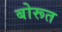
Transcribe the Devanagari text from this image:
बोरूत